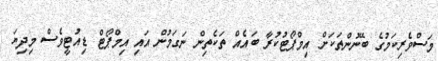
މަސްވެރިކަމުގެ ބޭނުންތަކަށް އިމްޕޯޓުކުރާ ބައެއް ތަކެތިން ނަގަމުން އައި އިމްޕޯޓް ޑިއުޓީވެސް މިދިޔަ